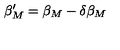
\beta _ { M } ^ { \prime } = \beta _ { M } - \delta \beta _ { M }